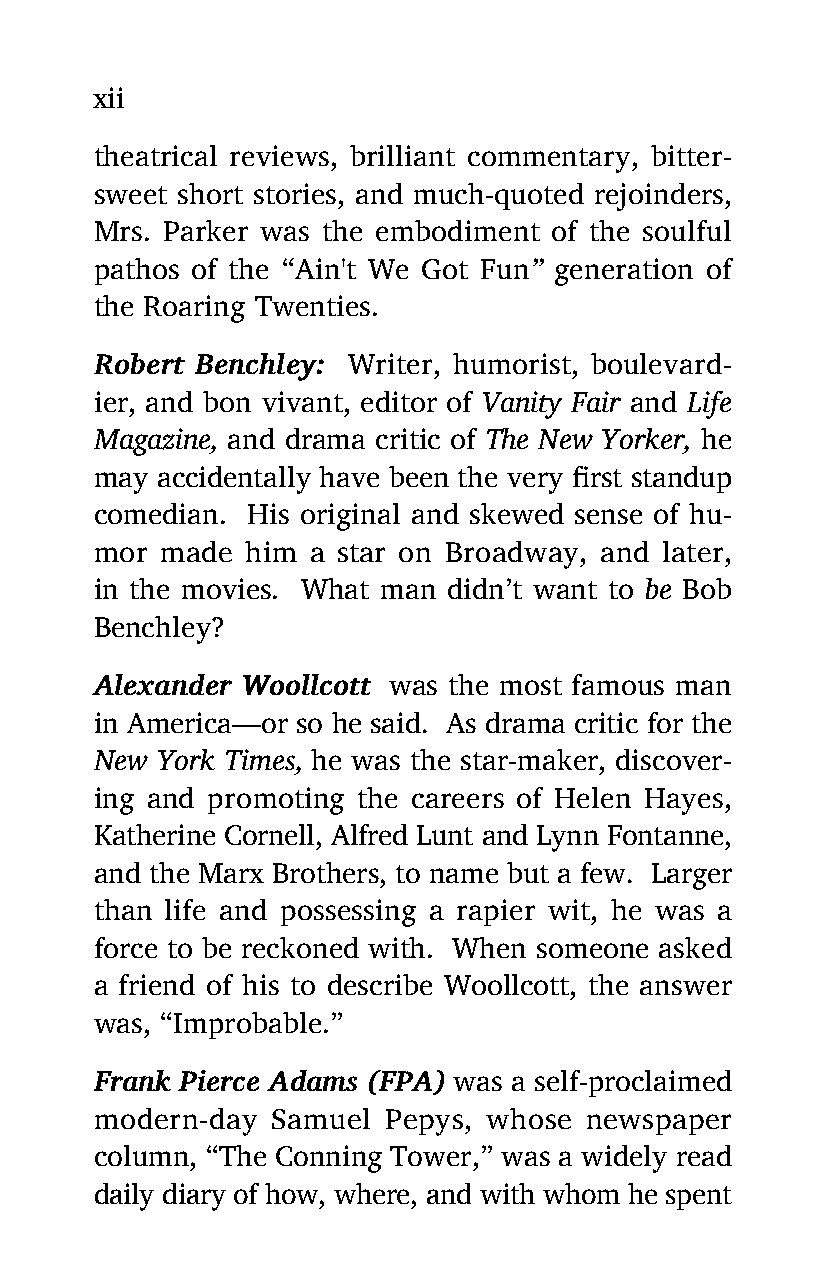
xii
 theatrical reviews, brilliant commentary, bitter-
 sweet short stories, and much-quoted rejoinders,
 Mrs. Parker was the embodiment of the soulful
 pathos of the “Ain't We Got Fun” generation of
 the Roaring Twenties.
 Robert Benchley: Writer, humorist, boulevard-
 ier, and bon vivant, editor of Vanity Fair and Life
 Magazine, and drama critic of The New Yorker, he
 may accidentally have been the very first standup
 comedian. His original and skewed sense of hu-
 mor  made him a star on Broadway, and later,
 in the movies. What man didn’t want to be Bob
 Benchley?
 Alexander Woollcott was the most famous man
 in America—or so he said. As drama critic for the
 New York Times, he was the star-maker, discover-
 ing and promoting the careers of Helen Hayes,
 Katherine Cornell, Alfred Lunt and Lynn Fontanne,
 and the Marx Brothers, to name but a few. Larger
 than life and possessing a rapier wit, he was a
 force to be reckoned with. When someone asked
 a friend of his to describe Woollcott, the answer
 was, “Improbable.”
 Frank Pierce Adams (FPA) was a self-proclaimed
 modern-day  Samuel Pepys, whose  newspaper
 column, “The Conning Tower,” was a widely read
 daily diary of how, where, and with whom he spent